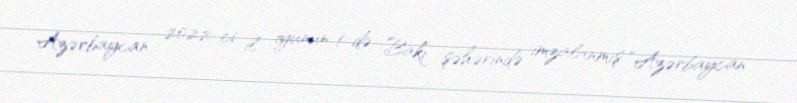
Azərbaycan 2022-ci il iyunun 1-də Bakı şəhərində imzalanmış “Azərbaycan